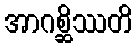
အာဂစ္ဆိဿတိ